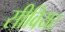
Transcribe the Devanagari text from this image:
सीवियर